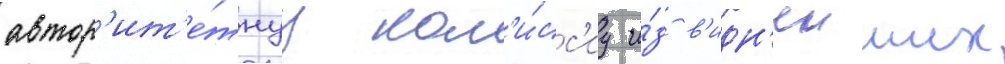
автор'ит'е́тнуу ком'и́сс'иу и́з в'идн'еиших